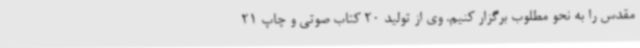
مقدس را به نحو مطلوب برگزار کنیم. وی از تولید 20 کتاب صوتی و چاپ 21